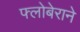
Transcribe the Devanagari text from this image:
फ्लोबेराने